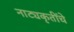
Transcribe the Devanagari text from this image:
नाट्यकृतींचे